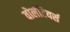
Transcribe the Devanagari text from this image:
वोलंटियर्स